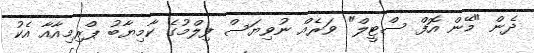
ދެން "މޭން އޮފް ސްޓީލް" ވަރެއް ނުވިޔަސް ފިލްމުގެ ކާމިޔާބު ޕްރިމިއާއާ އެކު